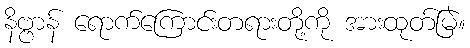
နိဗ္ဗာန် ရောက်ကြောင်းတရားတို့ကို အားထုတ်မြဲ။